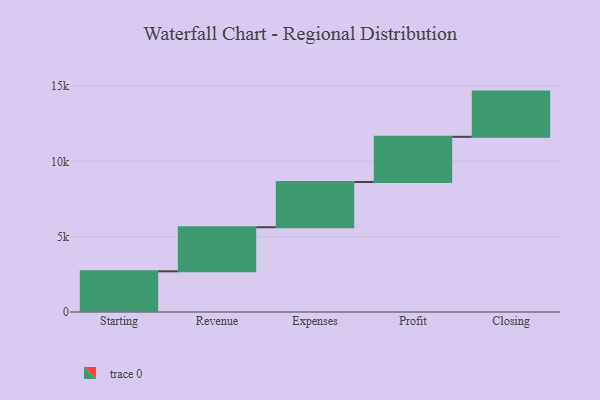
{"axis": {"x": "Step", "y": "Value"}, "legend": [""], "data": [{"x": "Starting", "y": 2700.0, "type": ""}, {"x": "Revenue", "y": 2925.0, "type": ""}, {"x": "Expenses", "y": 3000, "type": ""}, {"x": "Profit", "y": 3000, "type": ""}, {"x": "Closing", "y": 3000, "type": ""}]}